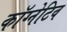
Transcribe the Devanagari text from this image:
कॉग्नेटिव